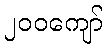
၂၀၀ကျော်